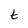
Character: t